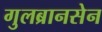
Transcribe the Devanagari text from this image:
गुलब्रानसेन